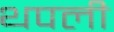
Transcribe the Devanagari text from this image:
थपली